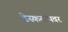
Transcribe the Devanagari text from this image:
डेस्कटॉपवर